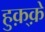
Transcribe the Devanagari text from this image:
हुक़्क़े